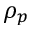
\rho _ { p }